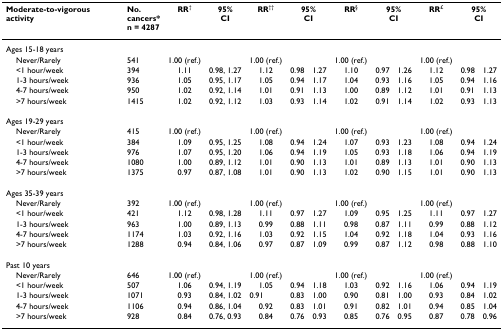
<table><thead><tr><td><b>Moderate-to-vigorous activity</b></td><td><b>No.cancers*n = 4287</b></td><td><b>RR<sup>†</sup></b></td><td><b>95%CI</b></td><td><b>RR<sup>††</sup></b></td><td colspan="2"><b>95%CI</b></td><td><b>RR<sup>§</sup></b></td><td colspan="2"><b>95%CI</b></td><td><b>RR<sup>£</sup></b></td><td colspan="2"><b>95%CI</b></td></tr></thead><tbody><tr><td>Ages 15-18 years</td><td></td><td></td><td></td><td></td><td></td><td></td><td></td><td></td><td></td><td></td><td></td><td></td></tr><tr><td> Never/Rarely</td><td>541</td><td>1.00 (ref.)</td><td></td><td>1.00 (ref.)</td><td></td><td></td><td>1.00 (ref.)</td><td></td><td></td><td>1.00 (ref.)</td><td></td><td></td></tr><tr><td> &lt;1 hour/week</td><td>394</td><td>1.11</td><td>0.98, 1.27</td><td>1.12</td><td>0.98</td><td>1.27</td><td>1.10</td><td>0.97</td><td>1.26</td><td>1.12</td><td>0.98</td><td>1.27</td></tr><tr><td> 1-3 hours/week</td><td>936</td><td>1.05</td><td>0.95, 1.17</td><td>1.05</td><td>0.94</td><td>1.17</td><td>1.04</td><td>0.93</td><td>1.16</td><td>1.05</td><td>0.94</td><td>1.16</td></tr><tr><td> 4-7 hours/week</td><td>950</td><td>1.02</td><td>0.92, 1.14</td><td>1.01</td><td>0.91</td><td>1.13</td><td>1.00</td><td>0.89</td><td>1.12</td><td>1.01</td><td>0.91</td><td>1.13</td></tr><tr><td> &gt;7 hours/week</td><td>1415</td><td>1.02</td><td>0.92, 1.12</td><td>1.03</td><td>0.93</td><td>1.14</td><td>1.02</td><td>0.91</td><td>1.14</td><td>1.02</td><td>0.93</td><td>1.13</td></tr><tr><td>Ages 19-29 years</td><td></td><td></td><td></td><td></td><td></td><td></td><td></td><td></td><td></td><td></td><td></td><td></td></tr><tr><td> Never/Rarely</td><td>415</td><td>1.00 (ref.)</td><td></td><td>1.00 (ref.)</td><td></td><td></td><td>1.00 (ref.)</td><td></td><td></td><td>1.00 (ref.)</td><td></td><td></td></tr><tr><td> &lt;1 hour/week</td><td>384</td><td>1.09</td><td>0.95, 1.25</td><td>1.08</td><td>0.94</td><td>1.24</td><td>1.07</td><td>0.93</td><td>1.23</td><td>1.08</td><td>0.94</td><td>1.24</td></tr><tr><td> 1-3 hours/week</td><td>976</td><td>1.07</td><td>0.95, 1.20</td><td>1.06</td><td>0.94</td><td>1.19</td><td>1.05</td><td>0.93</td><td>1.18</td><td>1.06</td><td>0.94</td><td>1.19</td></tr><tr><td> 4-7 hours/week</td><td>1080</td><td>1.00</td><td>0.89, 1.12</td><td>1.01</td><td>0.90</td><td>1.13</td><td>1.01</td><td>0.89</td><td>1.13</td><td>1.01</td><td>0.90</td><td>1.13</td></tr><tr><td> &gt;7 hours/week</td><td>1375</td><td>0.97</td><td>0.87, 1.08</td><td>1.01</td><td>0.90</td><td>1.13</td><td>1.02</td><td>0.90</td><td>1.15</td><td>1.01</td><td>0.90</td><td>1.13</td></tr><tr><td>Ages 35-39 years</td><td></td><td></td><td></td><td></td><td></td><td></td><td></td><td></td><td></td><td></td><td></td><td></td></tr><tr><td> Never/Rarely</td><td>392</td><td>1.00 (ref.)</td><td></td><td>1.00 (ref.)</td><td></td><td></td><td>1.00 (ref.)</td><td></td><td></td><td>1.00 (ref.)</td><td></td><td></td></tr><tr><td> &lt;1 hour/week</td><td>421</td><td>1.12</td><td>0.98, 1.28</td><td>1.11</td><td>0.97</td><td>1.27</td><td>1.09</td><td>0.95</td><td>1.25</td><td>1.11</td><td>0.97</td><td>1.27</td></tr><tr><td> 1-3 hours/week</td><td>963</td><td>1.00</td><td>0.89, 1.13</td><td>0.99</td><td>0.88</td><td>1.11</td><td>0.98</td><td>0.87</td><td>1.11</td><td>0.99</td><td>0.88</td><td>1.12</td></tr><tr><td> 4-7 hours/week</td><td>1174</td><td>1.03</td><td>0.92, 1.16</td><td>1.03</td><td>0.92</td><td>1.15</td><td>1.04</td><td>0.92</td><td>1.18</td><td>1.04</td><td>0.93</td><td>1.16</td></tr><tr><td> &gt;7 hours/week</td><td>1288</td><td>0.94</td><td>0.84, 1.06</td><td>0.97</td><td>0.87</td><td>1.09</td><td>0.99</td><td>0.87</td><td>1.12</td><td>0.98</td><td>0.88</td><td>1.10</td></tr><tr><td>Past 10 years</td><td></td><td></td><td></td><td></td><td></td><td></td><td></td><td></td><td></td><td></td><td></td><td></td></tr><tr><td> Never/Rarely</td><td>646</td><td>1.00 (ref.)</td><td></td><td>1.00 (ref.)</td><td></td><td></td><td>1.00 (ref.)</td><td></td><td></td><td>1.00 (ref.)</td><td></td><td></td></tr><tr><td> &lt;1 hour/week</td><td>507</td><td>1.06</td><td>0.94, 1.19</td><td>1.05</td><td>0.94</td><td>1.18</td><td>1.03</td><td>0.92</td><td>1.16</td><td>1.06</td><td>0.94</td><td>1.19</td></tr><tr><td> 1-3 hours/week</td><td>1071</td><td>0.93</td><td>0.84, 1.02</td><td>0.91</td><td>0.83</td><td>1.00</td><td>0.90</td><td>0.81</td><td>1.00</td><td>0.93</td><td>0.84</td><td>1.02</td></tr><tr><td> 4-7 hours/week</td><td>1106</td><td>0.94</td><td>0.86, 1.04</td><td>0.92</td><td>0.83</td><td>1.01</td><td>0.91</td><td>0.82</td><td>1.01</td><td>0.94</td><td>0.85</td><td>1.04</td></tr><tr><td> &gt;7 hours/week</td><td>928</td><td>0.84</td><td>0.76, 0.93</td><td>0.84</td><td>0.76</td><td>0.93</td><td>0.85</td><td>0.76</td><td>0.95</td><td>0.87</td><td>0.78</td><td>0.96</td></tr></tbody></table>